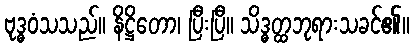
ဗုဒ္ဓဝံသသည်။ နိဋ္ဌိတော၊ ပြီးပြီ။ သိဒ္ဓတ္ထဘုရားသခင်၏။